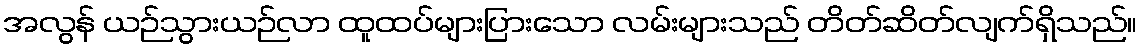
အလွန် ယဉ်သွားယဉ်လာ ထူထပ်များပြားသော လမ်းများသည် တိတ်ဆိတ်လျက်ရှိသည်။